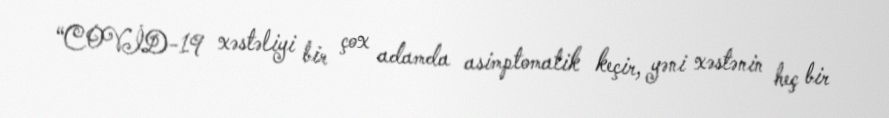
“COVİD-19 xəstəliyi bir çox adamda asimptomatik keçir, yəni xəstənin heç bir